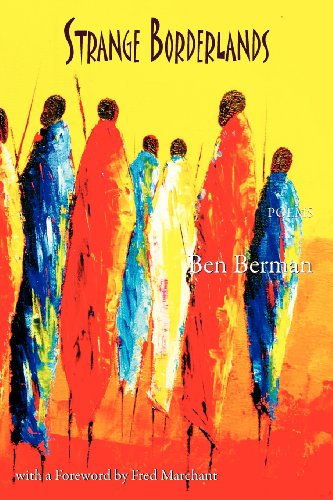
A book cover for Strange Borderlands; Ben Berman; Travel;